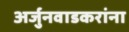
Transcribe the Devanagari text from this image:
अर्जुनवाडकरांना